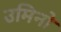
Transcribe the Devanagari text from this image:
उमिनो